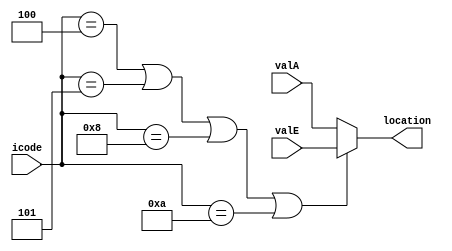

//-----------> finding the address
module addresses(icode,location,valE,valA);

// This module is to send to set the values of the address of the location where in if we have the 
// rmmovq, mrmovq, pushq, call ---> valE
// return , pop ----> valA
input [3:0] icode;
input [63:0] valE;
input [63:0] valA;
output [63:0] location;

assign location = ((icode == 4'd4 ) | (icode == 4'd5) | (icode == 4'd8) | (icode == 4'd10)) ? valE : valA;

endmodule


//----------> Set read and write enabled
module set_read_write_enables(icode , write_En, read_En);
// this module is to gice controln over the read-write operation into the memory.
input [3:0] icode;
output write_En;
output read_En;

assign write_En = ((icode == 4'd4) | (icode == 4'd8) | (icode == 4'd10)) ? 1 : 0;
assign read_En  = ((icode == 4'd5) | (icode == 4'd9) | (icode == 4'd11)) ? 1 : 0;

endmodule


//------->  For finding stat
module set_status_with_memerror(icode,status,new_status,data_memerror);

// if there is memory included in the file and there is data_memory error then status will be updated.
input [3:0] icode;
input [2:0] status;
input data_memerror;
output [2:0] new_status;

assign new_status = ((icode == 4'd4) | (icode == 4'd5) | (icode == 4'd8) | (icode == 4'd9) | (icode == 4'd10) | (icode == 4'd11) & data_memerror) ? 3'd3 : status; 
endmodule